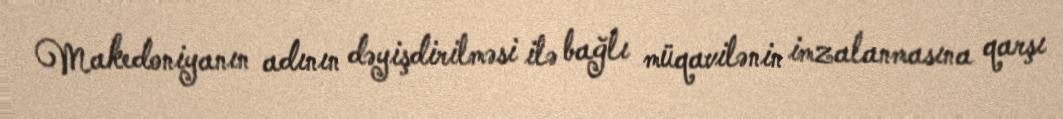
Makedoniyanın adının dəyişdirilməsi ilə bağlı müqavilənin imzalanmasına qarşı